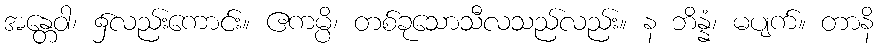
အန္တေဝါ၊ ၌လည်းကောင်း။ ဧကမ္ပိ၊ တစ်ခုသောသီလသည်လည်း။ န ဘိန္နံ၊ မပျက်။ တာနိ